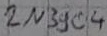
Text: 2N3904